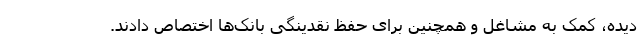
دیده، کمک به مشاغل و همچنین برای حفظ نقدینگی بانک‌ها اختصاص دادند.